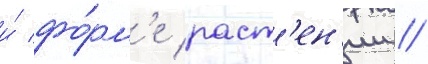
и́ фо́рм'е раст'ен'ии //